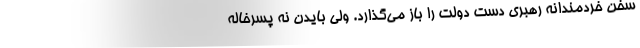
سخن خردمندانه رهبری دست دولت را باز می‌گذارد. ولی بایدن نه پسرخاله